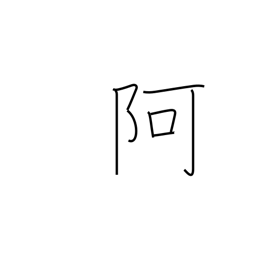
Meaning: nook